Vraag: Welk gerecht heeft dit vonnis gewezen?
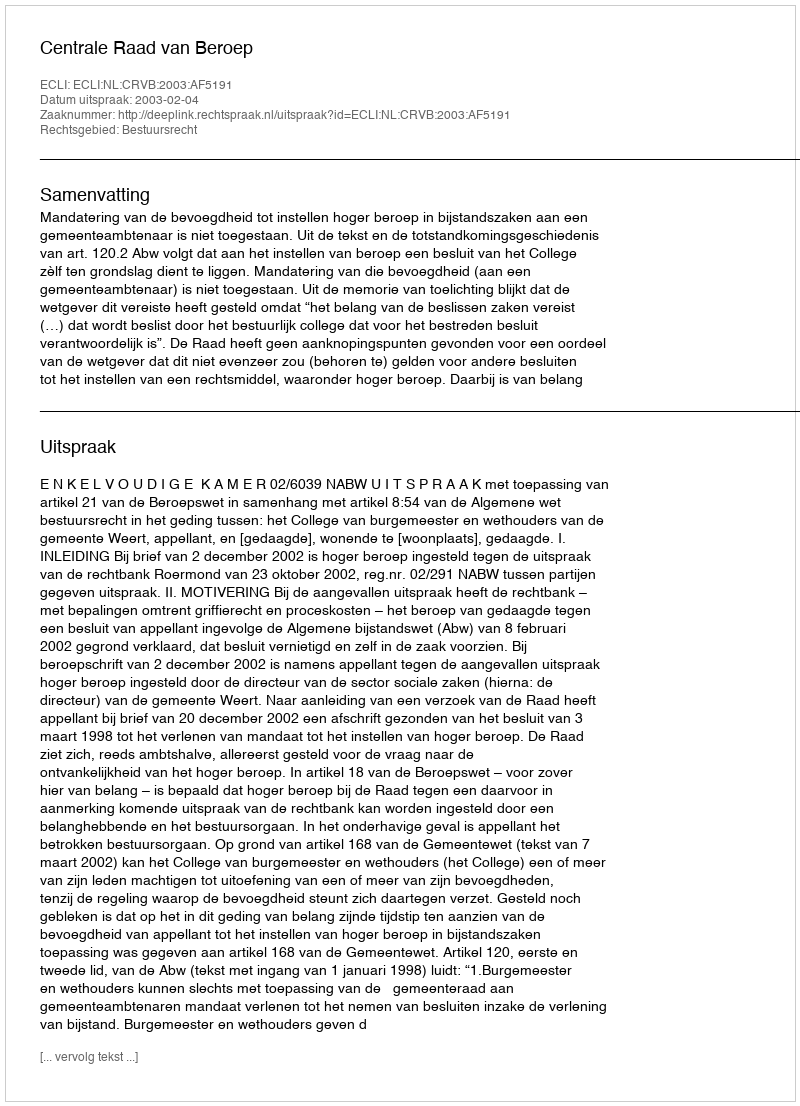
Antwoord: Centrale Raad van Beroep